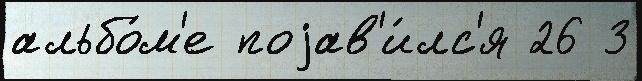
альбо́м'е поjав'и́лс'я 26 3